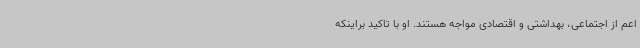
اعم از اجتماعی، بهداشتی و اقتصادی مواجه هستند. او با تاکید براینکه